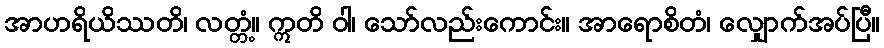
အာဟရိယိဿတိ၊ လတ္တံ့။ ဣတိ ဝါ၊ သော်လည်းကောင်း။ အာရောစိတံ၊ လျှောက်အပ်ပြီ။